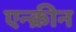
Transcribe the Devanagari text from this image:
एन्क्रीन